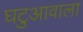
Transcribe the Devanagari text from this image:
घटुआवाला